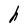
Character: h